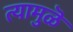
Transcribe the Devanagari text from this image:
त्यामुळॆ